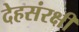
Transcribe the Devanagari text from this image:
देहसंरक्षी